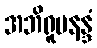
အဘိရူပနန္ဒံ